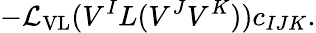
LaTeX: -{\cal L}_{\mathrm{VL}}(V^{I}L(V^{J}V^{K}))c_{IJK}.